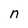
Character: n